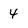
Character: 4